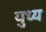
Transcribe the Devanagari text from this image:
युध्य